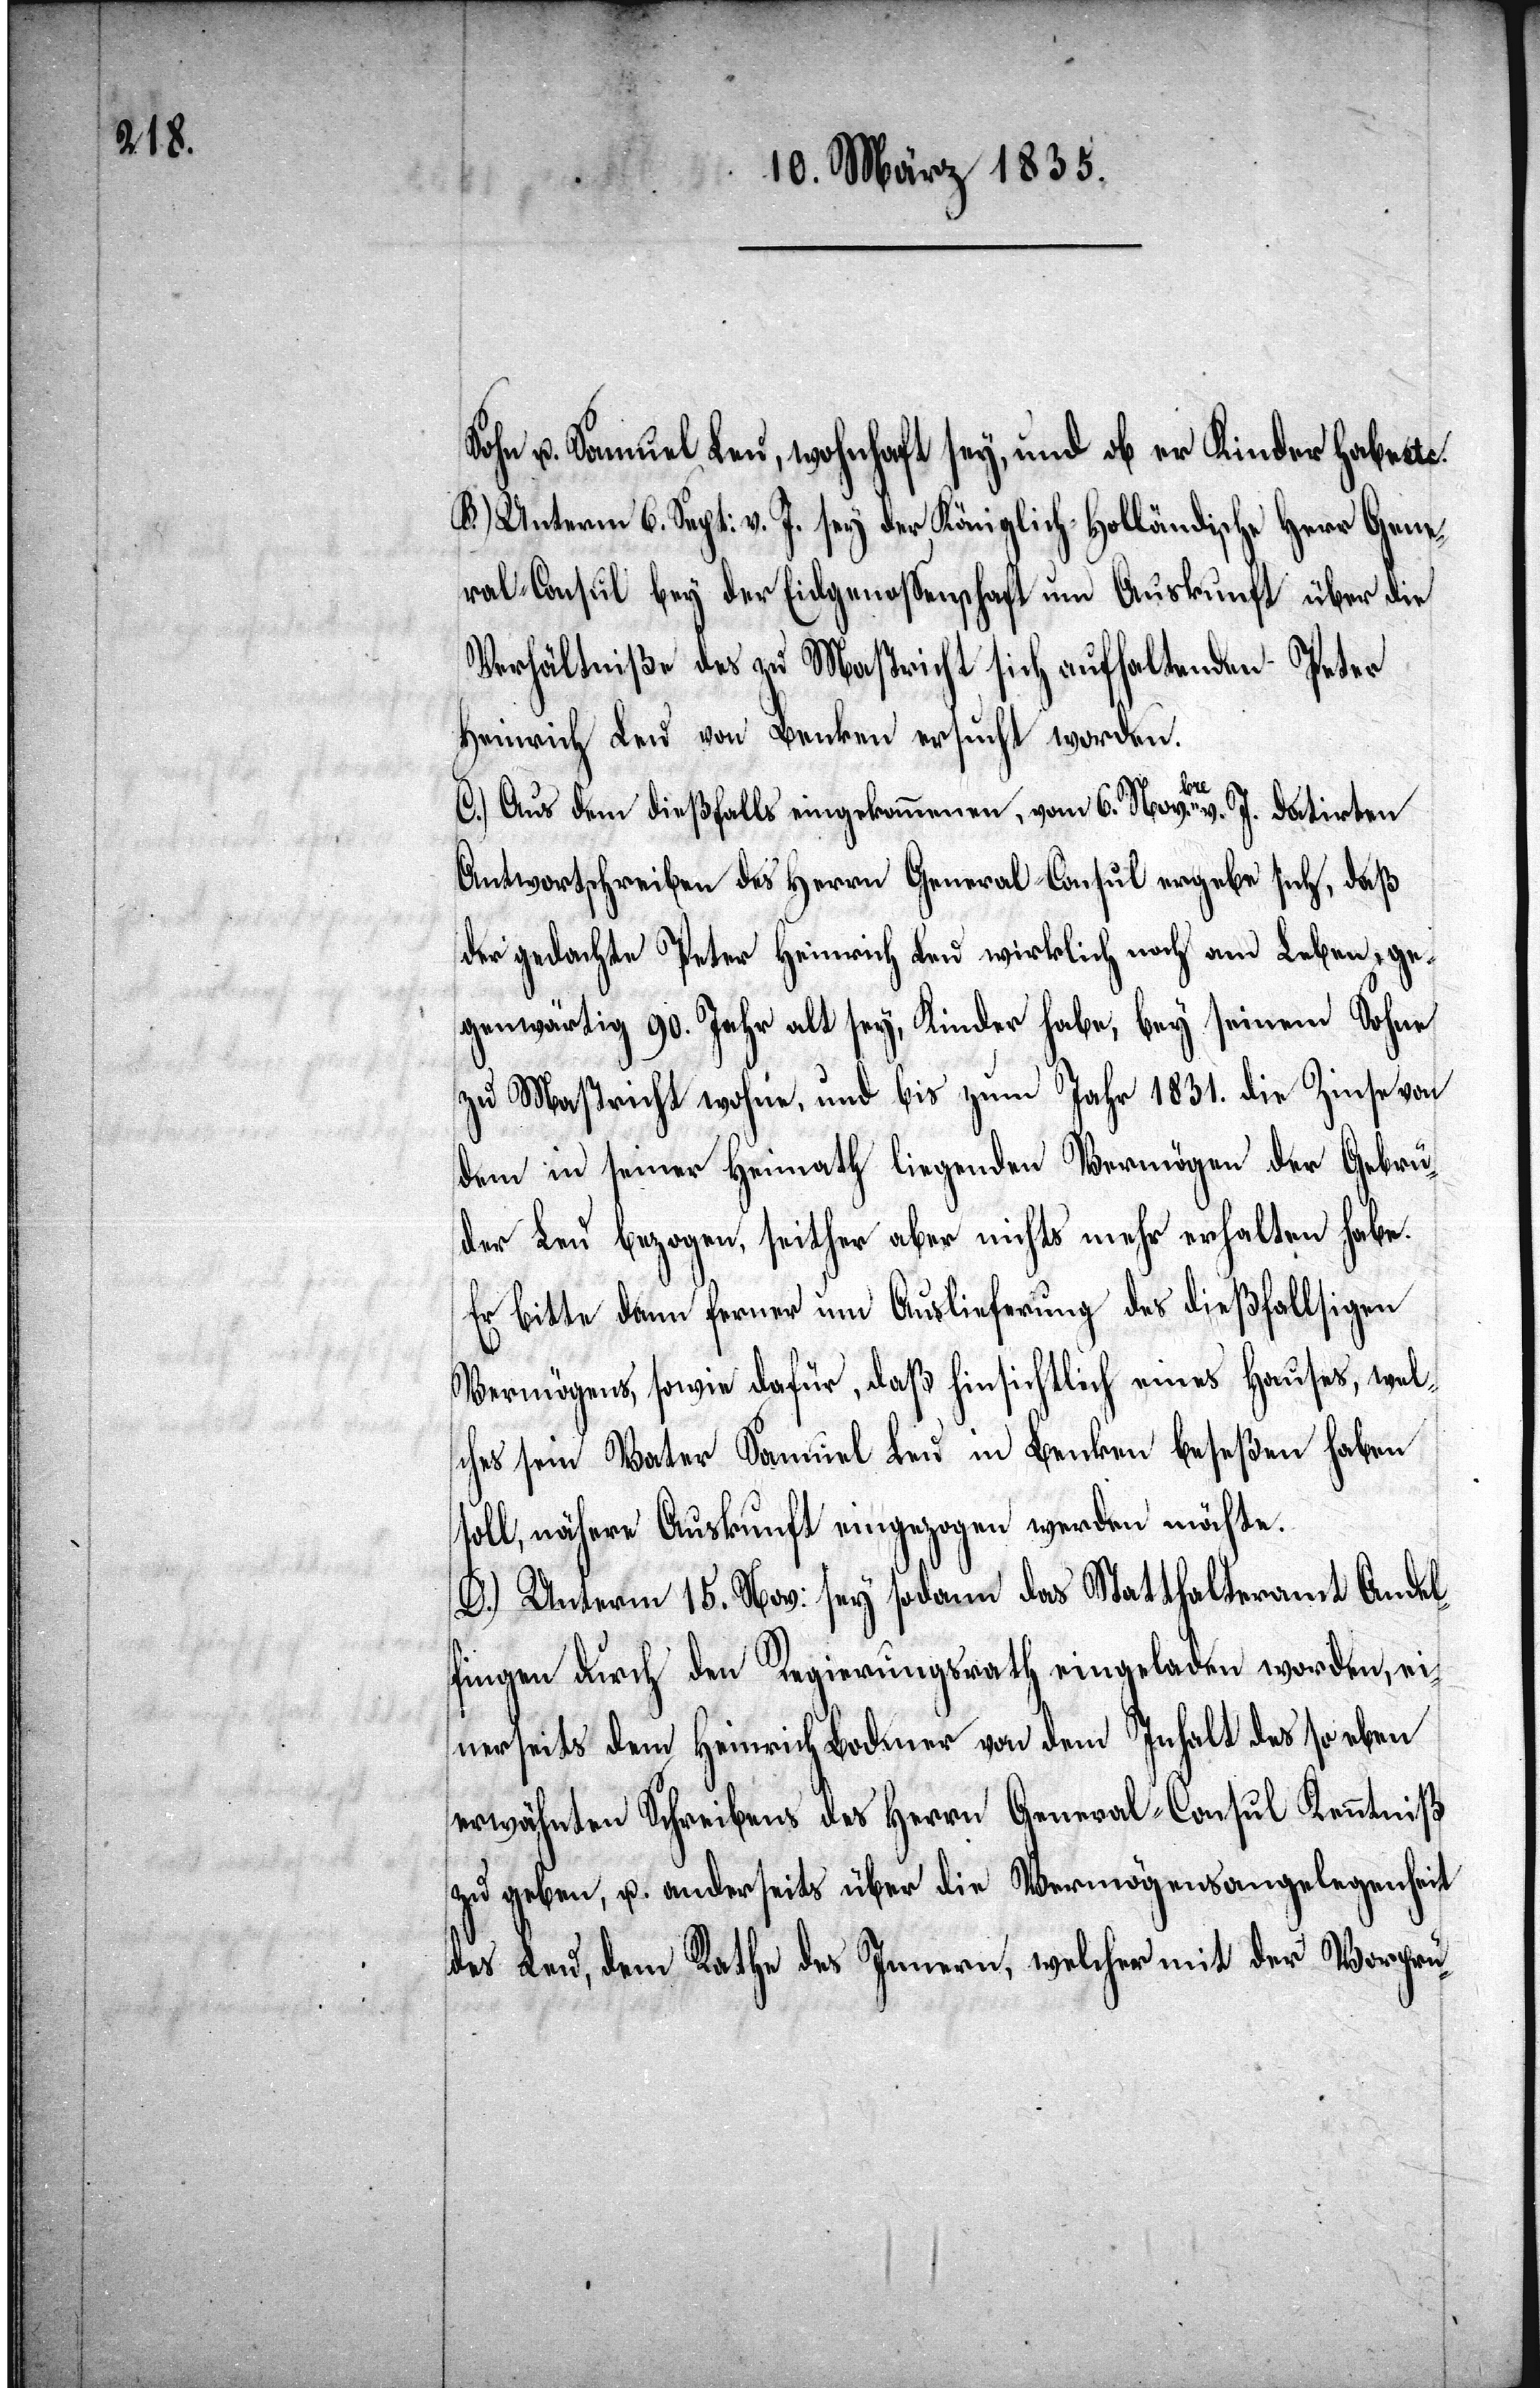
v.] Samuel Leu, wohnhaft sey, und ob er Kinder habe etc.
B.) Unterm 6. Sept: v. J. sey der Königlich-Holländische Herr Gene¬
ral-Consul bey der Eidgenoßenschaft um Auskunft über die
Verhältniße des zu Mastricht sich aufhaltenden Peter
Heinrich Leu von Benken ersucht worden.
C.) Aus den dießfalls eingekommenen, vom 6. Nov.bre v. J. datirten
Antwortschreiben des Herrn General-Consul ergebe sich, daß
der gedachte Peter Heinrich Leu wirklich noch am Leben, ge¬
genwärtig 90. Jahr alt sey, Kinder habe, bey seinem Sohn
zu Mastricht wohne, und bis zum Jahr 1831. die Zinse von
dem in seiner Heimath liegenden Vermögen der Gebrü¬
der Leu bezogen, seither aber nichts mehr erhalten habe.
Er bitte dann ferner um Auslieferung des dießfälligen
Vermögens, sowie dafür, daß hinsichtlich eines Hauses, wel¬
ches sein Vater Samuel Leu in Benken beseßen haben
soll, nähere Auskunft eingezogen werden möchte.
D.) Unterm 15. Nov: sey sodann das Statthalteramt Andel¬
fingen durch den Regierungsrath eingeladen worden, ein¬
erseits dem Heinrich Bodmer von dem Inhalt des so eben
erwähnten Schreibens des Herrn General-Consul Kenntniß
zu geben, u. anderseits über die Vermögensangelegenheit
des Leu, dem Rathe des Innern, welcher mit der Vorprü-